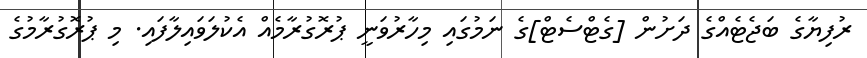
ރުފިޔާގެ ބަޖެޓެއްގެ ދަށުން [ގެޓްސެޓް]ގެ ނަމުގައި މިހާރުވަނީ ޕުރޮގުރާމެއް އެކުލަވައިލާފައި. މި ޕުރޮގުރާމުގެ